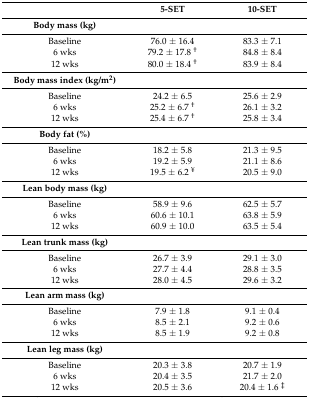
<table><thead><tr><td>[EMPTY_CELL]</td><td><b>5-SET</b></td><td><b>10-SET</b></td></tr></thead><tbody><tr><td><b>Body mass (kg)</b></td><td>[EMPTY_CELL]</td><td>[EMPTY_CELL]</td></tr><tr><td>Baseline</td><td>76.0 ± 16.4</td><td>83.3 ± 7.1</td></tr><tr><td>6 wks</td><td>79.2 ± 17.8 <sup>†</sup></td><td>84.8 ± 8.4</td></tr><tr><td>12 wks</td><td>80.0 ± 18.4 <sup>†</sup></td><td>83.9 ± 8.4</td></tr><tr><td><b>Body mass index (kg/m<sup>2</sup>)</b></td><td>[EMPTY_CELL]</td><td>[EMPTY_CELL]</td></tr><tr><td>Baseline</td><td>24.2 ± 6.5</td><td>25.6 ± 2.9</td></tr><tr><td>6 wks</td><td>25.2 ± 6.7 <sup>†</sup></td><td>26.1 ± 3.2</td></tr><tr><td>12 wks</td><td>25.4 ± 6.7 <sup>†</sup></td><td>25.8 ± 3.4</td></tr><tr><td><b>Body fat (%)</b></td><td>[EMPTY_CELL]</td><td>[EMPTY_CELL]</td></tr><tr><td>Baseline</td><td>18.2 ± 5.8</td><td>21.3 ± 9.5</td></tr><tr><td>6 wks</td><td>19.2 ± 5.9</td><td>21.1 ± 8.6</td></tr><tr><td>12 wks</td><td>19.5 ± 6.2 <sup>¥</sup></td><td>20.5 ± 9.0</td></tr><tr><td><b>Lean body mass (kg)</b></td><td>[EMPTY_CELL]</td><td>[EMPTY_CELL]</td></tr><tr><td>Baseline</td><td>58.9 ± 9.6</td><td>62.5 ± 5.7</td></tr><tr><td>6 wks</td><td>60.6 ± 10.1</td><td>63.8 ± 5.9</td></tr><tr><td>12 wks</td><td>60.9 ± 10.0</td><td>63.5 ± 5.4</td></tr><tr><td><b>Lean trunk mass (kg)</b></td><td>[EMPTY_CELL]</td><td>[EMPTY_CELL]</td></tr><tr><td>Baseline</td><td>26.7 ± 3.9</td><td>29.1 ± 3.0</td></tr><tr><td>6 wks</td><td>27.7 ± 4.4</td><td>28.8 ± 3.5</td></tr><tr><td>12 wks</td><td>28.0 ± 4.5</td><td>29.6 ± 3.2</td></tr><tr><td><b>Lean arm mass (kg)</b></td><td>[EMPTY_CELL]</td><td>[EMPTY_CELL]</td></tr><tr><td>Baseline</td><td>7.9 ± 1.8</td><td>9.1 ± 0.4</td></tr><tr><td>6 wks</td><td>8.5 ± 2.1</td><td>9.2 ± 0.6</td></tr><tr><td>12 wks</td><td>8.5 ± 1.9</td><td>9.2 ± 0.8</td></tr><tr><td><b>Lean leg mass (kg)</b></td><td>[EMPTY_CELL]</td><td>[EMPTY_CELL]</td></tr><tr><td>Baseline</td><td>20.3 ± 3.8</td><td>20.7 ± 1.9</td></tr><tr><td>6 wks</td><td>20.4 ± 3.5</td><td>21.7 ± 2.0</td></tr><tr><td>12 wks</td><td>20.5 ± 3.6</td><td>20.4 ± 1.6 <sup>‡</sup></td></tr></tbody></table>